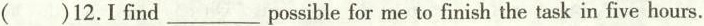
( )12.I find___possible for me to finish the task in five hours.